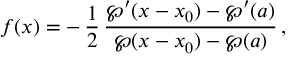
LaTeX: f ( x ) = - \, \frac { 1 } { 2 } \, { \frac { \wp ^ { \prime } ( x - x _ { 0 } ) - \wp ^ { \prime } ( a ) } { \wp ( x - x _ { 0 } ) - \wp ( a ) } } \, ,